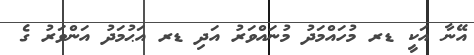
އޭނާ އަކީ ޑރ މުހައްމަދު މުނައްވަރު އަދި ޑރ އަޙުމަދު އަންވަރު ގެ